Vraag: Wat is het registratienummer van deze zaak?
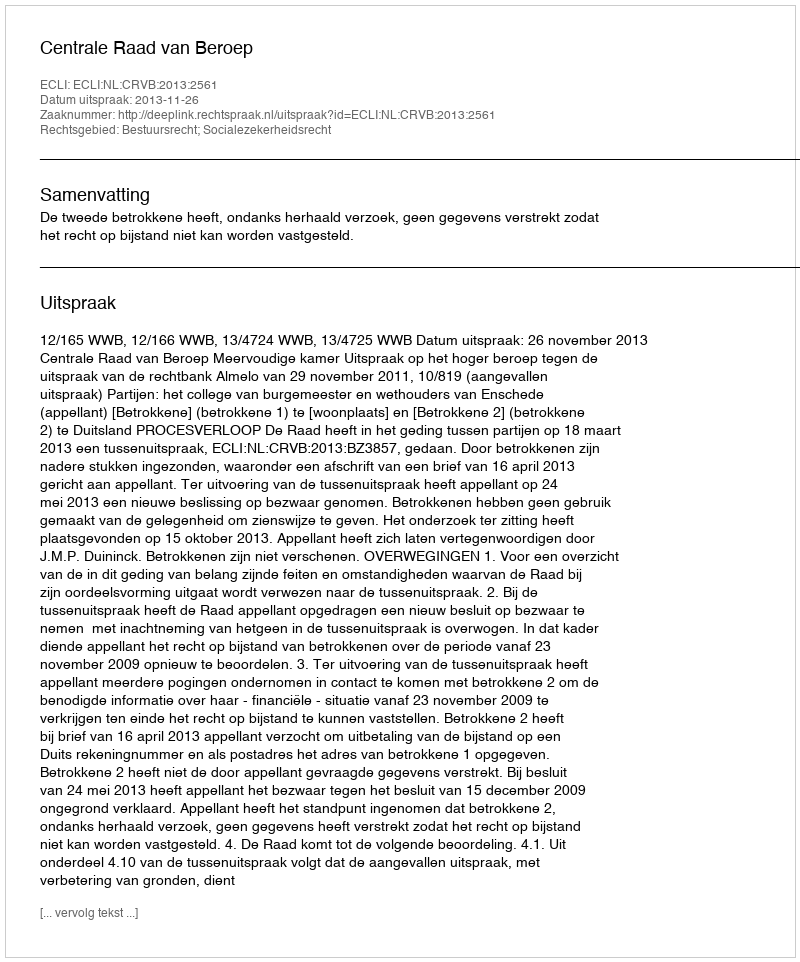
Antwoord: http://deeplink.rechtspraak.nl/uitspraak?id=ECLI:NL:CRVB:2013:2561